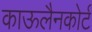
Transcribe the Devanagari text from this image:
काऊलैनकोर्ट